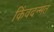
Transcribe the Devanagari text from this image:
किंवदन्मत